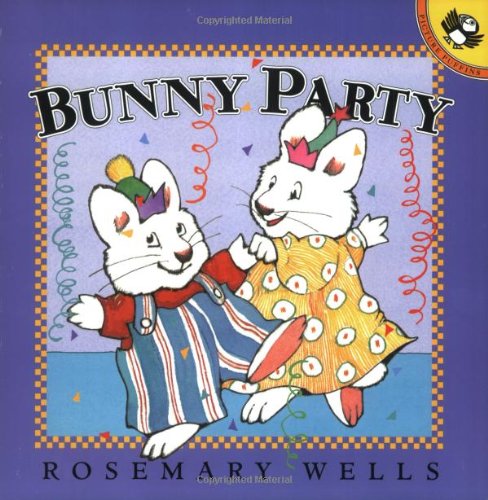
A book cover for Bunny Party (Max and Ruby); Rosemary Wells; Children's Books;